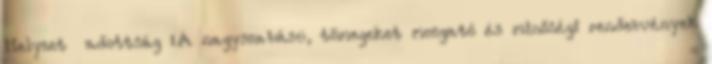
Helyzet adottság ▪A nagyszabású, tömegeket mozgató és minőségi rendezvények